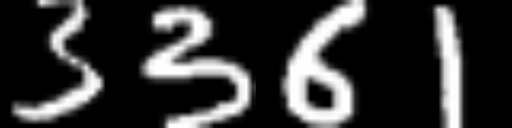
Text: 3361